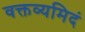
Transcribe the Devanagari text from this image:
वक्तव्यमिदं